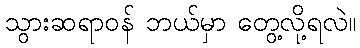
သွားဆရာဝန် ဘယ်မှာ တွေ့လို့ရလဲ။